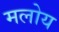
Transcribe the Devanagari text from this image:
मलोय